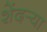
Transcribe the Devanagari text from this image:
शेंदर्‍या